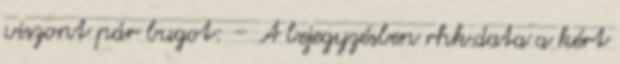
viszont pár bugot: – A bejegyzésben rhk.data a kért